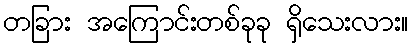
တခြား အကြောင်းတစ်ခုခု ရှိသေးလား။